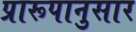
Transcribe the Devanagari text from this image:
प्रारूपानुसार